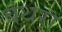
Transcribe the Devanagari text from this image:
बंथरा